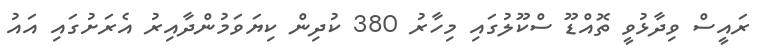
ރައީސް ވިދާޅުވީ ތޮއްޑޫ ސްކޫލުގައި މިހާރު 380 ކުދިން ކިޔަވަމުންދާއިރު އެރަށުގައި އައު